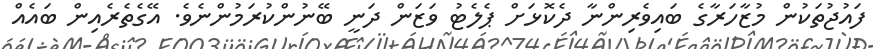
ފައުޖުތަކުން މުޒާހަރާގެ ބައިވެރިންނާ ދެކޮޅަށް ޕެލެޓު ވަޒަން ދަނީ ބޭނުންކުރަމުންނެވެ. އޭގެތެރެއިން ބައެއް